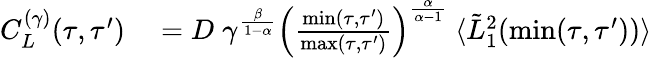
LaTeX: \begin{array}{rl}{C_{L}^{(\gamma)}(\tau,\tau^{\prime})}&{{}=D\; \gamma^{\frac{\beta}{1-\alpha}}\left(\frac{\operatorname*{min}(\tau,\tau^{\prime})}{\operatorname*{max}(\tau,\tau^{\prime})}\right)^{\frac{\alpha}{\alpha-1}}\; \langle\tilde{L}_{1}^{2}(\operatorname*{min}(\tau,\tau^{\prime}))\rangle}\end{array}